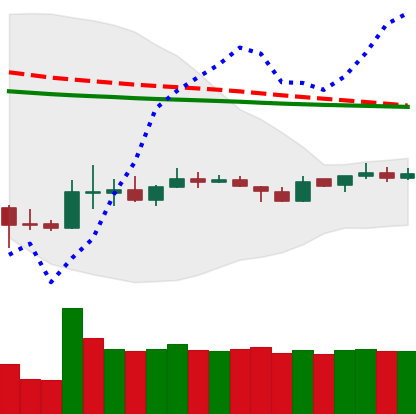
Ticker: DOGE-USD
Chart end date: 2020-04-04
Forward return: 7.5%
Label: up_7plus